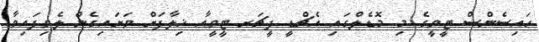
ހައިސެންސް ޓީވީގެ މި މޮޑެލްގައި އެޗްޑީ ފީޗަރ ޓީވީއާ ޚިލާފަށް ވަށައިގެން ލެވިފައިވާ